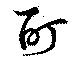
酊